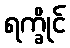
ရက္ခိုင်